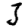
Digit: 3